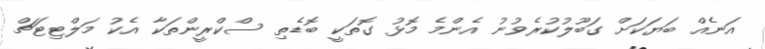
އަނެއް ބަޔަކަށް ގަބޫލުކުރެވުނު އެންމެ މޮޅު ގޮތަކީ ބޮޑެތި ސްކްރީންތަކާ އެކު މަލްޓިޓަޗް